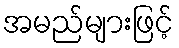
အမည်များဖြင့်